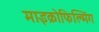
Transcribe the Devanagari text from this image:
माइक्रोफिल्मिंग